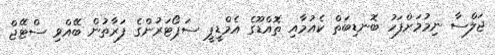
ޖަލްސާ ނިމުމަށްފަހު ބޮނޑިބަތް ކެއުމާއި ތޮއްޑޫގެ އެމްޑީޕީ ސަޕޯޓަރުންގެ ފަރާތުން ބޭއްވި ސްޓޭޖް